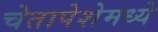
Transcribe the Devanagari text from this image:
चेतापेशेमध्ये